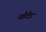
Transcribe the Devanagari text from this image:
वोटेड